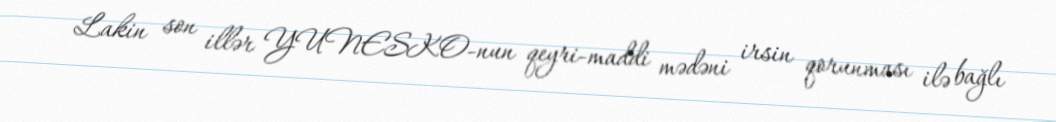
Lakin son illər YUNESKO-nun qeyri-maddi mədəni irsin qorunması ilə bağlı